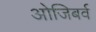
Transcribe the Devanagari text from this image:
ओजिबर्व